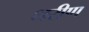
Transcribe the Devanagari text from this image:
धरीण